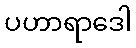
ပဟာရာဒေါ